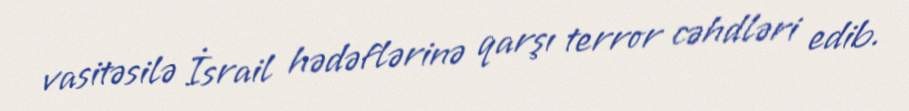
vasitəsilə İsrail hədəflərinə qarşı terror cəhdləri edib.